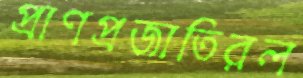
প্রাণপ্রজাতিরল